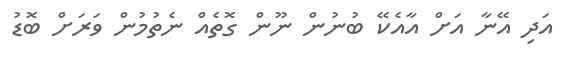
އަދި އޭނާ އަށް އާއެކޭ ބުނުން ނޫން ގޮތެއް ނެތުމުން ވަރަށް ބޮޑު